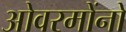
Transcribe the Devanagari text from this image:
ओवरमोंनो